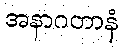
အနာဂတာနံ